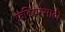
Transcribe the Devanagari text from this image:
फ्रंटियरसाठी